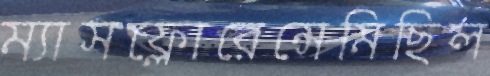
ম্যাসফ্লোরেন্সেমিছিল